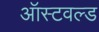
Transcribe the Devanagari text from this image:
ऑस्टवल्ड